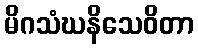
မိဂသံဃနိသေဝိတာ